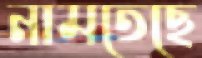
নামতেছে